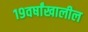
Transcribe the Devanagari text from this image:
१९वर्षांखालील